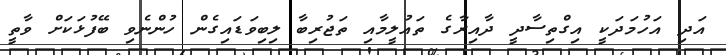
އަދި އަހުމަދަކީ އިގްތިސާދީ ދާއިރާގެ ތައުލީމާއި ތަޖުރިބާ ލިބިވަޑައިގެން ހުންނެވި ބޭފުޅަކަށް ވާތީ